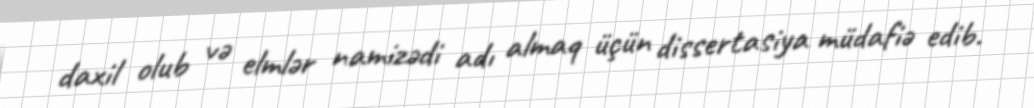
daxil olub və elmlər namizədi adı almaq üçün dissertasiya müdafiə edib.